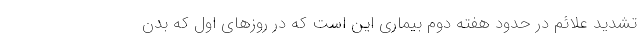
تشدید علائم در حدود هفته دوم بیماری این است که در روزهای اول که بدن